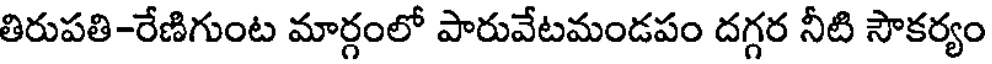
తిరుపతి-రేణిగుంట మార్గంలో పారువేటమండపం దగ్గర నీటి సౌకర్యం